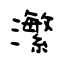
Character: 瀿